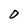
Character: O